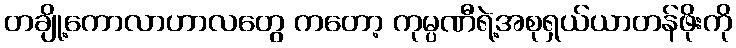
တချို့ကောလာဟာလတွေ ကတော့ ကုမ္ပဏီရဲ့အစုရှယ်ယာတန်ဖိုးကို